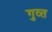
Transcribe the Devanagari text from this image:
गुव्त